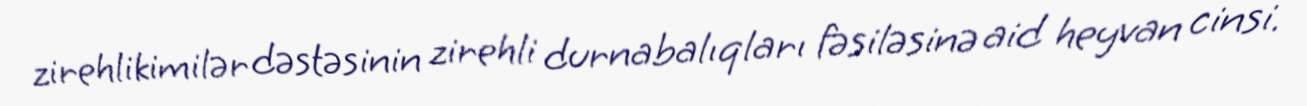
zirehlikimilər dəstəsinin zirehli durnabalıqları fəsiləsinə aid heyvan cinsi.